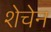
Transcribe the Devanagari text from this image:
शेचेन